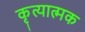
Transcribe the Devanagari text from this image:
कृत्यात्मक